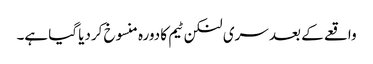
واقعے کے بعد سری لنکن ٹیم کا دورہ منسوخ کردیا گیا ہے۔